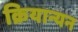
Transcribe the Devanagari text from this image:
क्रियान्यन